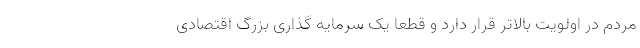
مردم در اولویت بالاتر قرار دارد و قطعاً یک سرمایه گذاری بزرگ اقتصادی